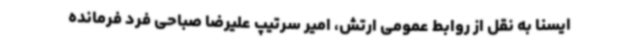
ایسنا به نقل از روابط عمومی ارتش، امیر سرتیپ علیرضا صباحی فرد فرمانده